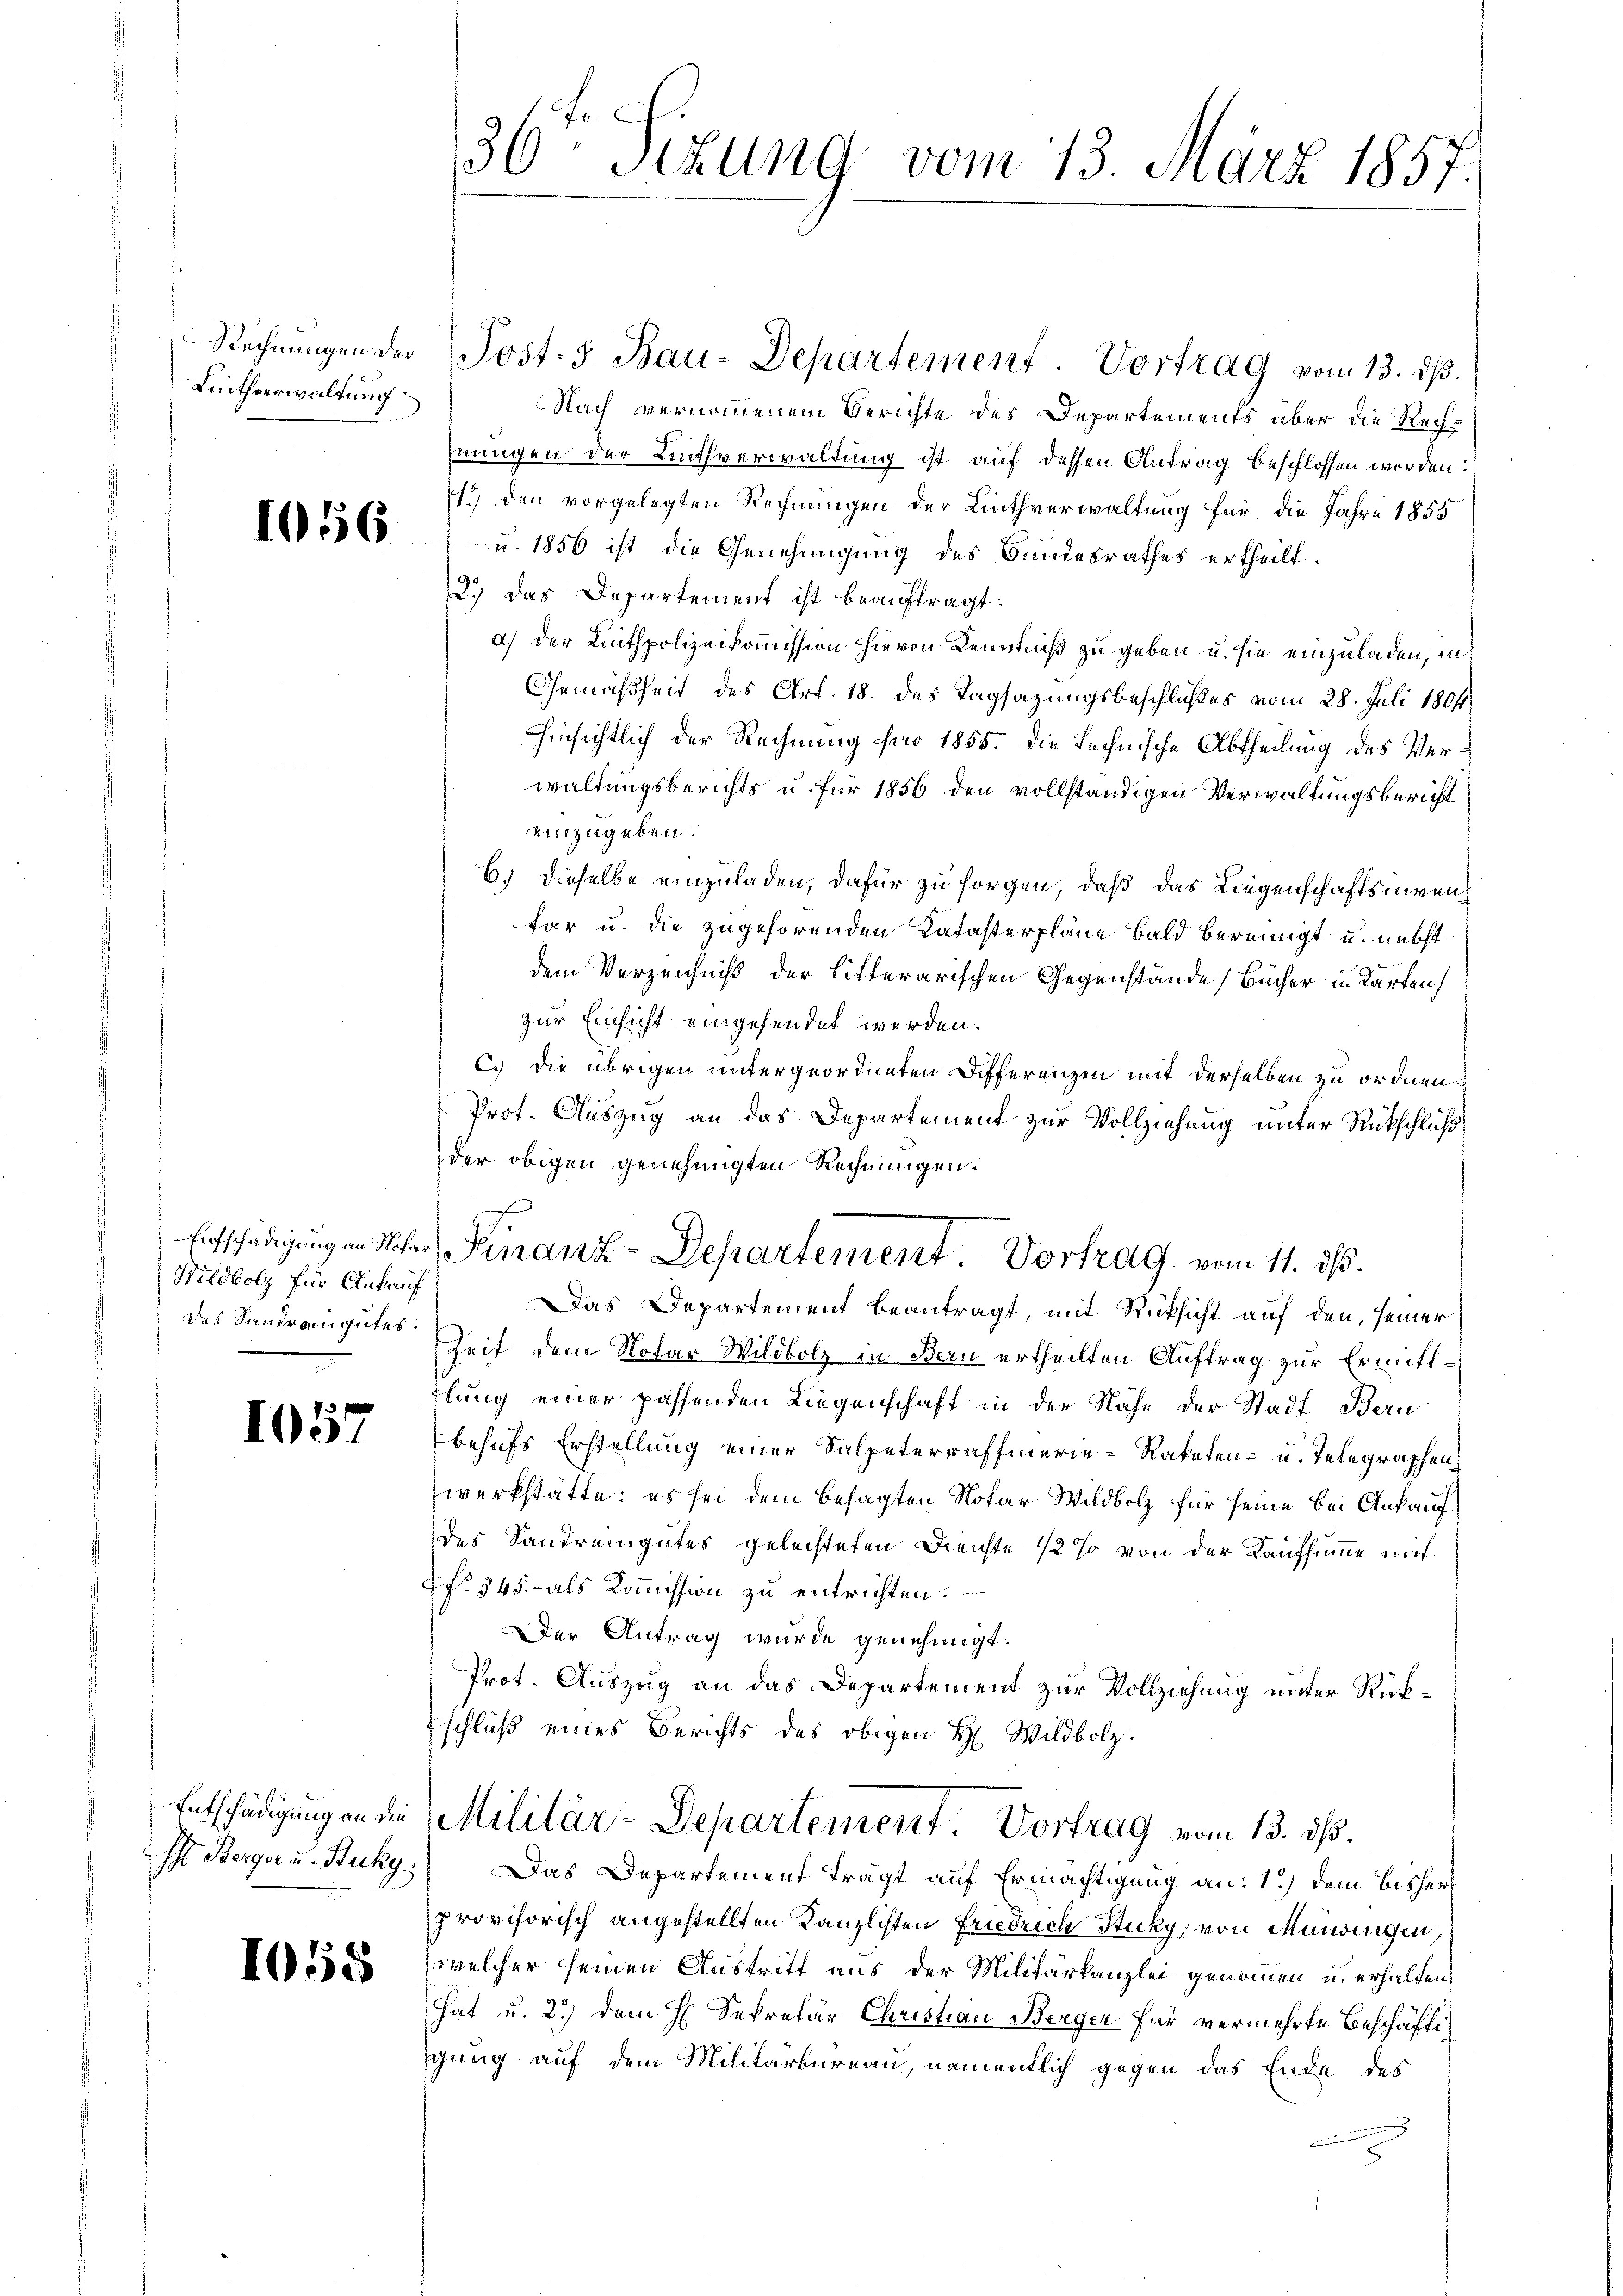
Rechnungen der
Linthverwaltung

1056

Wildbolz für Ankauf
des Sandrangutes.

1052

Ihs. Berger u. Rucky.

1058

36ten Sizung vom 13. März 1857

Nach vernommenem Berichte des Departements über die Rechnungen der Linthverwaltung ist auf dessen Antrag beschlossen worden:
1.) den vorgelegten Rechnungen der Linthverwaltung für die Jahre 1855
u. 1856 ist die Genehmigung des Bundesrathes ertheilt.
2.) Das Departement ist beauftragt:
a) der Linthpolizeikommission hievon Kenntniß zu geben u. sie einzuladen, in
Gemäßheit des Art. 18. des Tagsazungsbeschlußes vom 28. Juli 1801
hinsichtlich der Rechnung für 1855. Die Lechnische Abtheilung des Verwaltungsberichts u. für 1856 den vollständigen Verwaltungsbericht
einzugeben.
6.) Dieselbe einzuladen, dafür zu sorgen, daß das Liegenschaftsnirenfar u. die zugehörenden Katasterplane bald bereinigt u. nebst
dem Verzeichniß der litterarischen Gegenstände Bücher in Karten
zur Einsicht eingesendet werden.
C. Die übrigen untergeordneten Differenzen mit derselben zu ordnen
Prot. Auszug an das Departement zur Vollziehung unter Rückschluß,
der obigen genehmigten Rechnungen.
f
Entschädigung in Notar Finanz-Departement. Vortrag vom 11. ds.
Das Departement beantragt, mit Rücksicht auf den, seiner
Zeit dem Notar Wildbolz in Bern ertheilten Auftrag zur Ermittlung einer passenden Liegenschaft in der Nähe der Stadt Bern
behufs Erstellung einer Salpeterraffierie-Rakaten- u. Telegraphen
werkstätte; es sei dem besagten Notar Wildbolz für seine bei Ankauf
des Sandrengutes geleisteten Dienste 1/2 so von der Kaufsumme mit
f. 345. - als Kommission zu entrichten.
Der Antrag wurde genehmigt.
Prot. Auszug an das Departement zur Vollziehung unter Rückschluß eines Berichts des obigen H. Wildbolz.
Entschädigung an die Militär-Departement Vortrag vom 13. dß.
Das Departement trägt auf Ermächtigung an: 1.) Dem Bisher
provisorisch angestellten Kanzlichten Friedrich Stuky, von Mundingen.
welcher seinen Austritt aus der Militärkanzlei genommen u. erhalten,
hat u. 2.) dem H. Sekretär Christian Berger für vermehrte Beschäfte
gung auf dem Militärbureau, namentlich gegen das Ende des

Post. Bau-Departement. Vortrag vom 13. dß.